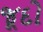
જૂદો